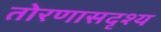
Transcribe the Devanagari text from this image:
तोरणासदृश्य